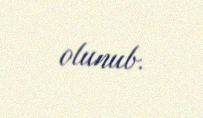
olunub.